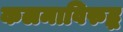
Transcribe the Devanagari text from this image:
कलमाविरुद्ध